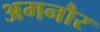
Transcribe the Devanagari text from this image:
अमनौर